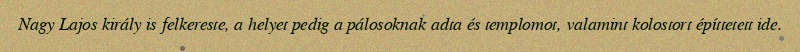
Nagy Lajos király is felkereste, a helyet pedig a pálosoknak adta és templomot, valamint kolostort építtetett ide.